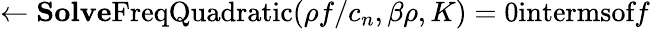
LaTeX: \gets\textbf{Solve}\textrm{FreqQuadratic}(\rho f/c_{n},\beta\rho,K)=0\textrm{intermsof}f